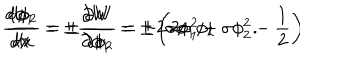
\frac { d \phi _ { 1 } } { d x } = \pm \frac { \partial W } { \partial \phi _ { 1 } } = \pm \left( 2 \phi _ { 1 } ^ { 2 } + \sigma \phi _ { 2 } ^ { 2 } - \frac { 1 } { 2 } \right) \hspace { 1 c m } \frac { d \phi _ { 2 } } { d x } = \pm \frac { \partial W } { \partial \phi _ { 2 } } = \pm 2 \sigma \phi _ { 1 } \phi _ { 2 } \qquad .